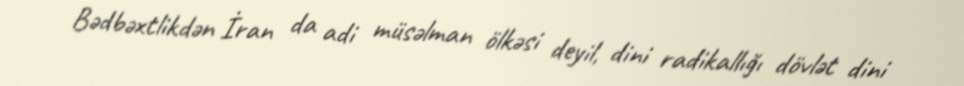
Bədbəxtlikdən İran da adi müsəlman ölkəsi deyil, dini radikallığı dövlət dini